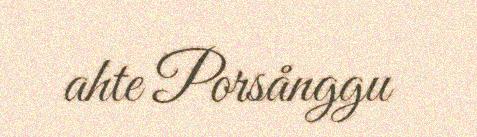
ahte Porsånggu